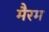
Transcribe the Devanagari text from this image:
मैरम